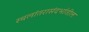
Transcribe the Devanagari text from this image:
स्थलांतरासंदर्भातील